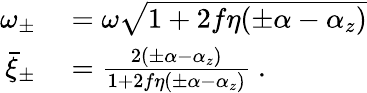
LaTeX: \begin{array}{rl}{\omega_{\pm}}&{{}=\omega\sqrt{1+2f\eta(\pm\alpha-\alpha_{z})}}\\ {\bar{\xi}_{\pm}}&{{}=\frac{2(\pm\alpha-\alpha_{z})}{1+2f\eta(\pm\alpha-\alpha_{z})}\ .}\end{array}